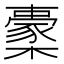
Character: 㯻